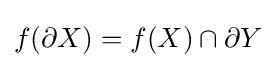
f(\partial X)=f(X)\cap \partial Y